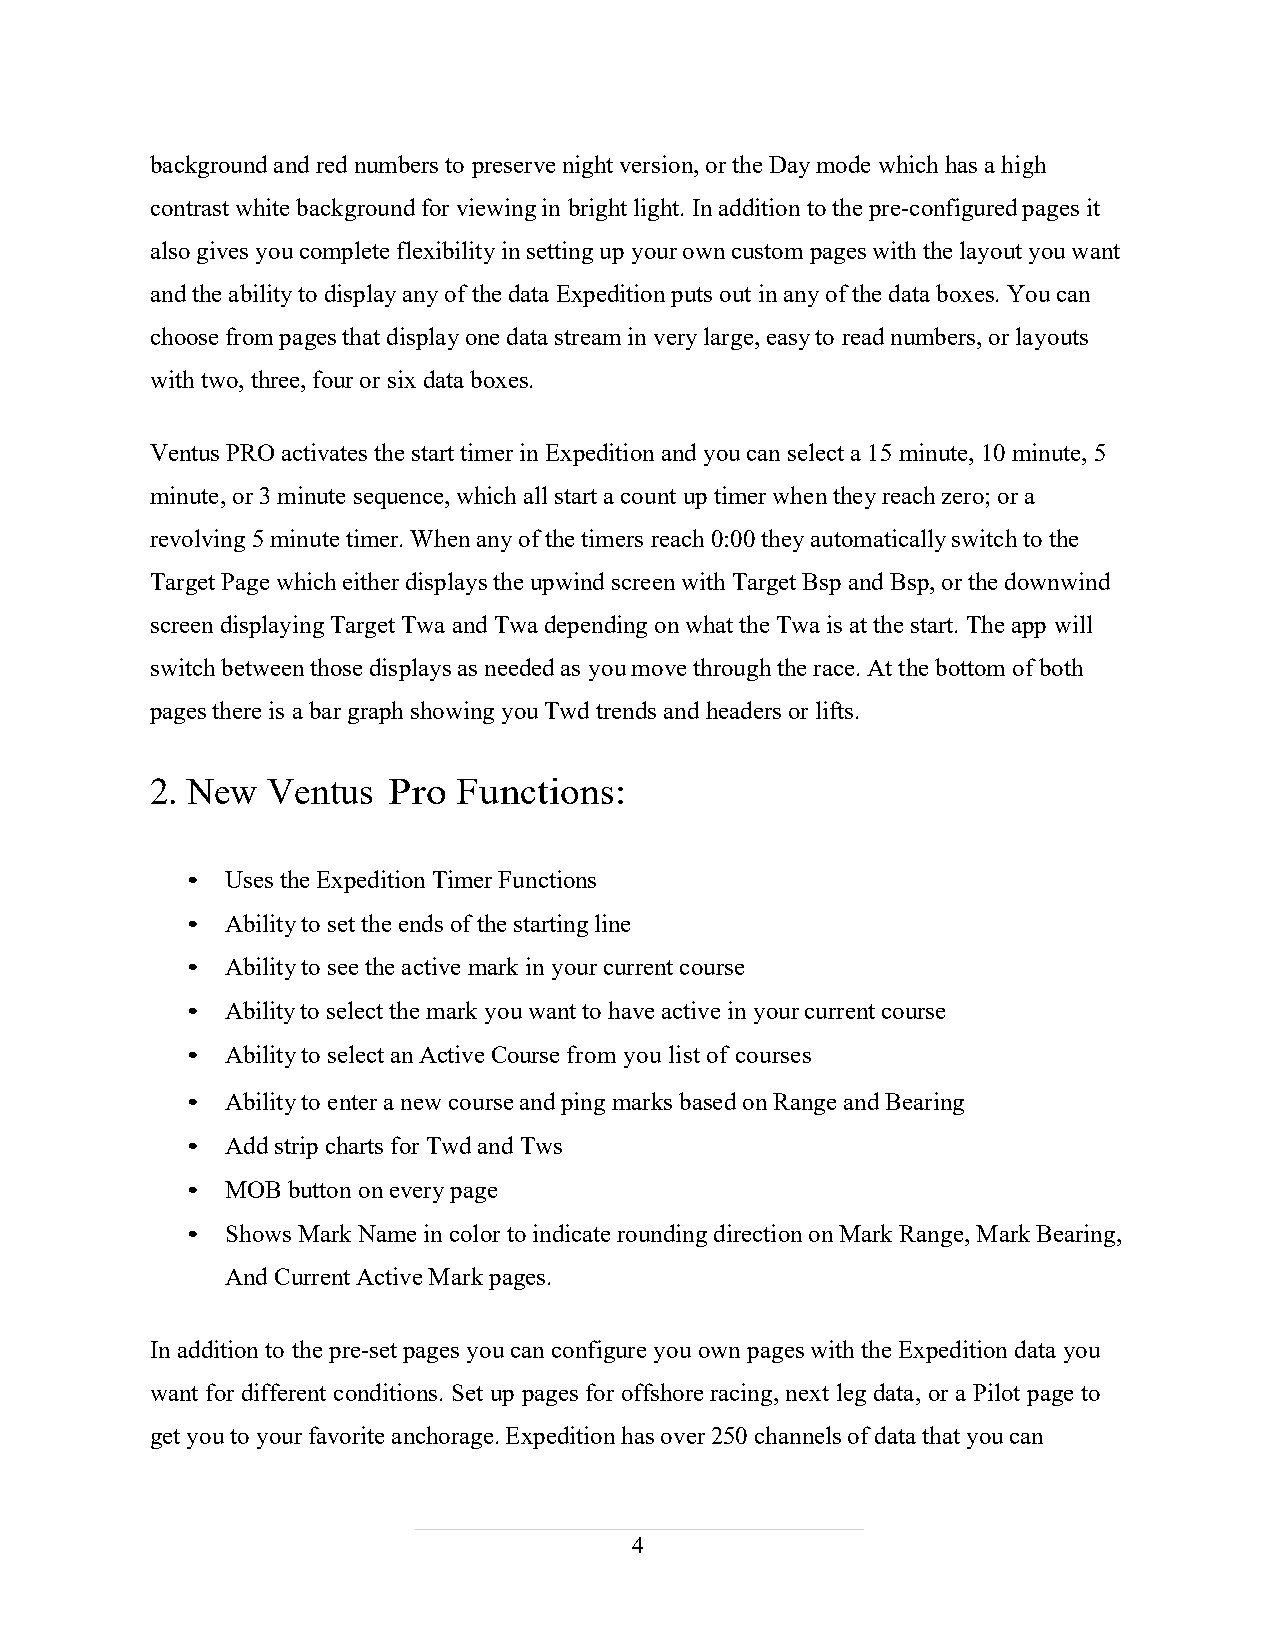
background and red numbers to preserve night version, or the Day mode which has a high
 contrast white background for viewing in bright light. In addition to the pre-configured pages it
 also gives you complete flexibility in setting up your own custom pages with the layout you want
 and the ability to display any of the data Expedition puts out in any of the data boxes. You can
 choose from pages that display one data stream in very large, easy to read numbers, or layouts
 with two, three, four or six data boxes.
 Ventus PRO activates the start timer in Expedition and you can select a 15 minute, 10 minute, 5
 minute, or 3 minute sequence, which all start a count up timer when they reach zero; or a
 revolving 5 minute timer. When any of the timers reach 0:00 they automatically switch to the
 Target Page which either displays the upwind screen with Target Bsp and Bsp, or the downwind
 screen displaying Target Twa and Twa depending on what the Twa is at the start. The app will
 switch between those displays as needed as you move through the race. At the bottom of both
 pages there is a bar graph showing you Twd trends and headers or lifts.
 2. New  Ventus  Pro Functions:
 •  Uses the Expedition Timer Functions
 •  Ability to set the ends of the starting line
 •  Ability to see the active mark in your current course
 •  Ability to select the mark you want to have active in your current course
 •  Ability to select an Active Course from you list of courses
 •  Ability to enter a new course and ping marks based on Range and Bearing
 •  Add strip charts for Twd and Tws
 •  MOB button on every page
 •  Shows Mark Name in color to indicate rounding direction on Mark Range, Mark Bearing,
 And Current Active Mark pages.
 In addition to the pre-set pages you can configure you own pages with the Expedition data you
 want for different conditions. Set up pages for offshore racing, next leg data, or a Pilot page to
 get you to your favorite anchorage. Expedition has over 250 channels of data that you can
 4